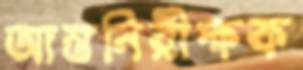
আন্তনিরীক্ষক